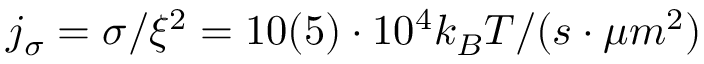
j _ { \sigma } = \sigma / \xi ^ { 2 } = 1 0 ( 5 ) \cdot 1 0 ^ { 4 } k _ { B } T / ( s \cdot \mu m ^ { 2 } )